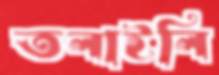
তলাইলি